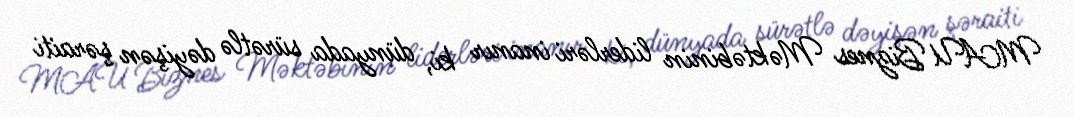
MAU Biznes Məktəbinin liderləri inanır ki, dünyada sürətlə dəyişən şəraiti